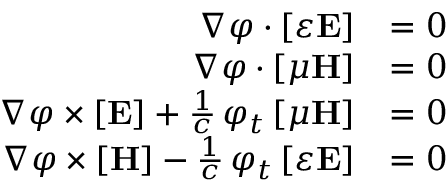
{ \begin{array} { r l } { \nabla \varphi \cdot [ \varepsilon \mathbf { E } ] } & { = 0 } \\ { \nabla \varphi \cdot [ \mu \mathbf { H } ] } & { = 0 } \\ { \nabla \varphi \times [ \mathbf { E } ] + { \frac { 1 } { c } } \, \varphi _ { t } \, [ \mu \mathbf { H } ] } & { = 0 } \\ { \nabla \varphi \times [ \mathbf { H } ] - { \frac { 1 } { c } } \, \varphi _ { t } \, [ \varepsilon \mathbf { E } ] } & { = 0 } \end{array} }